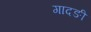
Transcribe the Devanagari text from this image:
गादङी